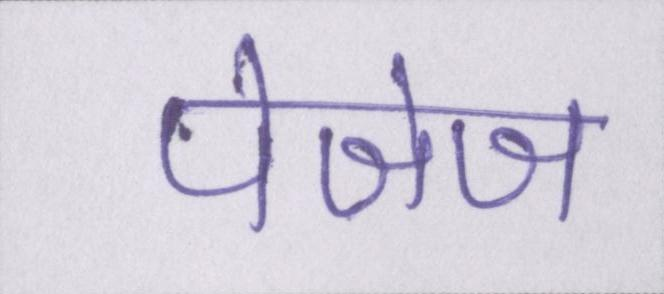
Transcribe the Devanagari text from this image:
पेजेज